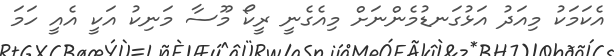
އެކަމަކު މިއަދު އަޅުގަނޑުމެންނަށް މިއެގެނީ ރީކޯ މޫސާ މަނިކު އަކީ އެއީ ހަމަ